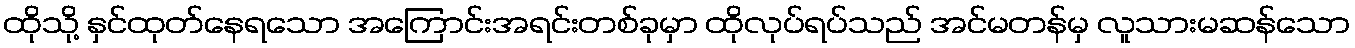
ထိုသို့ နှင်ထုတ်နေရသော အကြောင်းအရင်းတစ်ခုမှာ ထိုလုပ်ရပ်သည် အင်မတန်မှ လူသားမဆန်သော